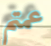
عمتم